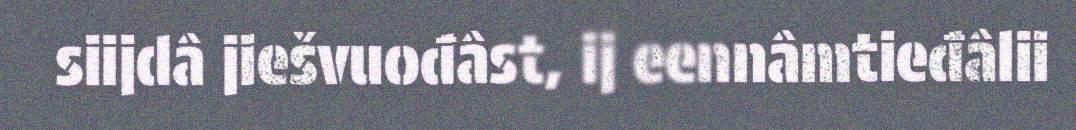
siijdâ jiešvuođâst, ij eennâmtieđâlii